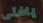
يافتى